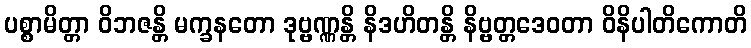
ပစ္စာမိတ္တာ ဝိဘဇန္တိ မက္ခနတော ဒုဗ္ဗဏ္ဏန္တိ နိဒဟိတန္တိ နိဗ္ဗတ္တဒေဝတာ ဝိနိပါတိကောတိ